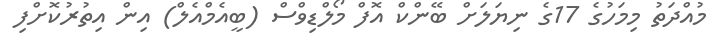
މުއްދަތު މިމަހުގެ 17ގެ ނިޔަލަށް ބޭންކް އޮފް މޯލްޑިވްސް (ބީއެމްއެލް) އިން އިތުރުކޮށްފި